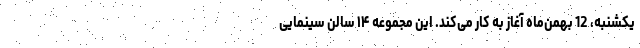
یکشنبه، 12 بهمن‌ماه آغاز به کار می‌کند. این مجموعه ۱۴ سالن سینمایی